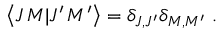
\left\langle J \, M | J ^ { \prime } \, M ^ { \prime } \right\rangle = \delta _ { J , J ^ { \prime } } \delta _ { M , M ^ { \prime } } ~ .